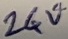
Text: 24V